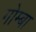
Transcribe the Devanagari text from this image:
गोम्बा